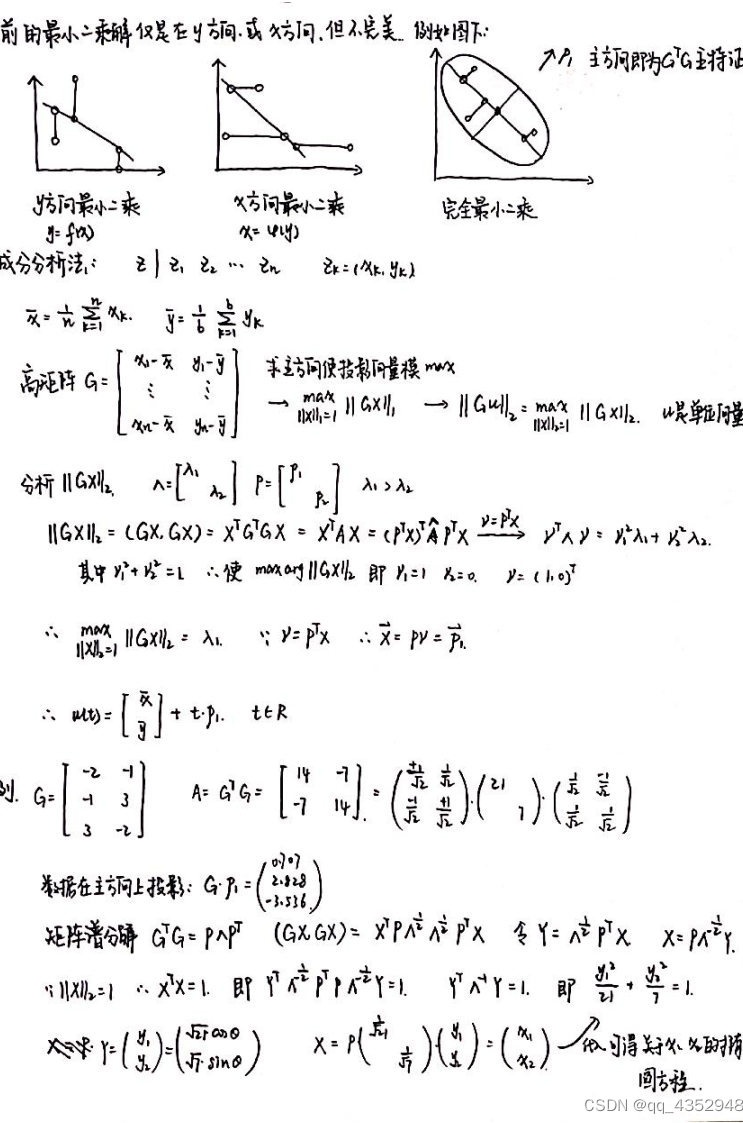
前由最小二乘仅是在 \( y \) 方向或 \( x \) 方向，但不完美，例如图下：

\begin{center}
\begin{tikzpicture}[scale=0.8]
    \draw[->] (-1,0) -- (3,0) node[right] {$x$};
    \draw[->] (0,-1) -- (0,3) node[above] {$y$};
    \filldraw (0,2) circle (2pt) node[above left] {};
    \filldraw (1,1) circle (2pt) node[above left] {};
    \filldraw (2,0) circle (2pt) node[above left] {};
    \draw (0,2) -- (2,0);
    \node at (-0.5,1.5) {$y$方向最小二乘 $y = f(x)$};
\end{tikzpicture}
\quad
\begin{tikzpicture}[scale=0.8]
    \draw[->] (-1,0) -- (3,0) node[right] {$x$};
    \draw[->] (0,-1) -- (0,3) node[above] {$y$};
    \filldraw (0,2) circle (2pt) node[above left] {};
    \filldraw (1,1) circle (2pt) node[above left] {};
    \filldraw (2,0) circle (2pt) node[above left] {};
    \draw (0,2) -- (2,0);
    \node at (-0.5,1.5) {$x$方向最小二乘 $x = u(y)$};
\end{tikzpicture}
\quad
\begin{tikzpicture}[scale=0.8]
    \draw[->] (-1,0) -- (3,0) node[right] {$x$};
    \draw[->] (0,-1) -- (0,3) node[above] {$y$};
    \filldraw (0,2) circle (2pt) node[above left] {};
    \filldraw (1,1) circle (2pt) node[above left] {};
    \filldraw (2,0) circle (2pt) node[above left] {};
    \draw (0,2) -- (2,0);
    \node at (-0.5,1.5) {完全最小二乘};
\end{tikzpicture}
\end{center}

成分分析法： \( z_1, z_2, \cdots, z_n \quad z_k=(x_k,y_k) \)

\( \bar{x}=\frac{1}{n}\sum_{k = 1}^{n}x_k, \quad \bar{y}=\frac{1}{n}\sum_{k = 1}^{n}y_k \)

高矩阵 \( G = \begin{bmatrix}
x_1 - \bar{x} & y_1 - \bar{y} \\
\vdots & \vdots \\
x_n - \bar{x} & y_n - \bar{y}
\end{bmatrix} \) 求主方向使投影向量模 \( \max \)

\( \max_{\|X\|_2 = 1} \|GX\|_2 \quad \longrightarrow \|Gu\|_2=\max_{\|X\|_2 = 1} \|GX\|_2 \)， \( u \) 是单位向量

分析 \( \|GX\|_2, \quad \Lambda=\begin{bmatrix}
\lambda_1 &  \\
& \lambda_2
\end{bmatrix}, P=\begin{bmatrix}
p_1 & p_2
\end{bmatrix}, \lambda_1>\lambda_2 \)

\( \|GX\|_2=(GX, GX)=X^TG^TGX = X^TAX=(P^TX)^T\hat{A}P^TX \xrightarrow{Y = P^TX} Y^T\Lambda Y=y_1^2\lambda_1 + y_2^2\lambda_2 \)

其中 \( y_1^2 + y_2^2 = 1 \)，使 \( \max_{X} \|GX\|_2 \) 即 \( y_1 = 1, y_2 = 0, \quad Y=(1,0)^T \)

\( \therefore \max_{\|X\|_2 = 1} \|GX\|_2=\lambda_1, \quad \because Y = P^TX, \quad \therefore \bar{X}=PY = \vec{p}_1 \)

\( \therefore u(t)=\begin{bmatrix}
\bar{x} \\
\bar{y}
\end{bmatrix}+t\cdot p_1, \quad t\in R \)

例. \( G=\begin{bmatrix}
-2 & 1 \\
-1 & 3 \\
3 & -2
\end{bmatrix}, \quad A = G^TG=\begin{bmatrix}
14 & -7 \\
-7 & 14
\end{bmatrix}=\begin{pmatrix}
\frac{1}{\sqrt{2}} & \frac{1}{\sqrt{2}} \\
-\frac{1}{\sqrt{2}} & \frac{1}{\sqrt{2}}
\end{pmatrix}\begin{pmatrix}
21 &  \\
& 7
\end{pmatrix}\begin{pmatrix}
\frac{1}{\sqrt{2}} & -\frac{1}{\sqrt{2}} \\
\frac{1}{\sqrt{2}} & \frac{1}{\sqrt{2}}
\end{pmatrix} \)

数据在主方向上投影： \( G\cdot p_1=\begin{pmatrix}
0.707 \\
2.121 \\
-3.536
\end{pmatrix} \)

矩阵谱分解 \( G^TG = P\Lambda P^T, \quad (GX, GX)=X^TP\Lambda^{\frac{1}{2}}\Lambda^{\frac{1}{2}}P^TX \) 令 \( Y=\Lambda^{\frac{1}{2}}P^TX, \quad X = P\Lambda^{-\frac{1}{2}}Y \)

\( \because \|X\|_2 = 1, \quad \therefore X^TX = 1, \quad \text{即 } Y^T\Lambda^{-\frac{1}{2}}P^TP\Lambda^{-\frac{1}{2}}Y = 1, \quad Y^T\Lambda^{-1}Y = 1, \quad \text{即 } \frac{y_1^2}{21}+\frac{y_2^2}{7}=1 \)

 \( X=\begin{pmatrix}
x_1 \\
x_2
\end{pmatrix}, Y=\begin{pmatrix}
y_1 \\
y_2
\end{pmatrix}=\begin{pmatrix}
\sqrt{21}\cos\theta \\
\sqrt{7}\sin\theta
\end{pmatrix}, \quad X = P\begin{pmatrix}
\frac{1}{\sqrt{21}} &  \\
& \frac{1}{\sqrt{7}}
\end{pmatrix}\begin{pmatrix}
y_1 \\
y_2
\end{pmatrix}=\begin{pmatrix}
x_1 \\
x_2
\end{pmatrix} \) 从而可得好外父的椭
圆方程.